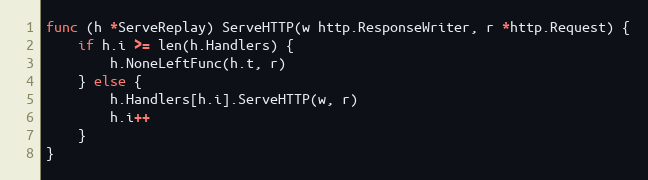
Language: Go
func (h *ServeReplay) ServeHTTP(w http.ResponseWriter, r *http.Request) {
	if h.i >= len(h.Handlers) {
		h.NoneLeftFunc(h.t, r)
	} else {
		h.Handlers[h.i].ServeHTTP(w, r)
		h.i++
	}
}